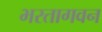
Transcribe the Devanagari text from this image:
भरतागवन